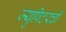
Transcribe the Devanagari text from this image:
ज्युपिटरची